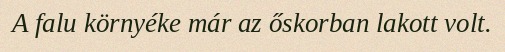
A falu környéke már az őskorban lakott volt.